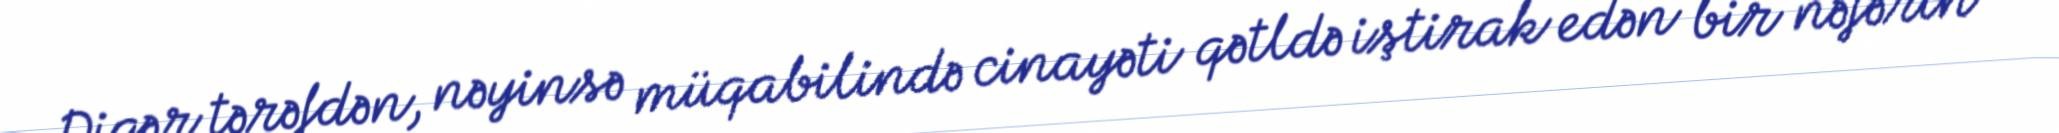
Digər tərəfdən, nəyinsə müqabilində cinayəti qətldə iştirak edən bir nəfərin